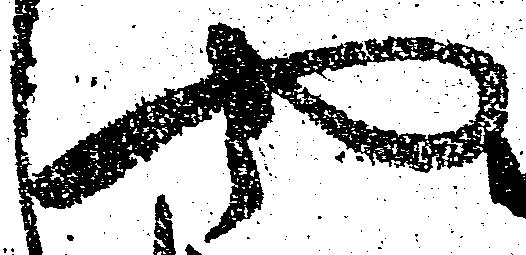
や